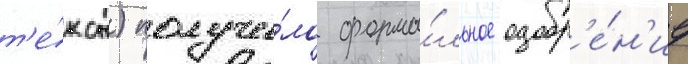
т'е́кст) получи́ло форма́льное одобр'е́н'ие